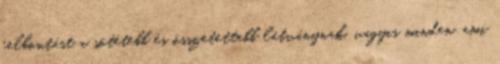
felbontást a sötétebb és összetettebb látványnak, vagyis minden, ami